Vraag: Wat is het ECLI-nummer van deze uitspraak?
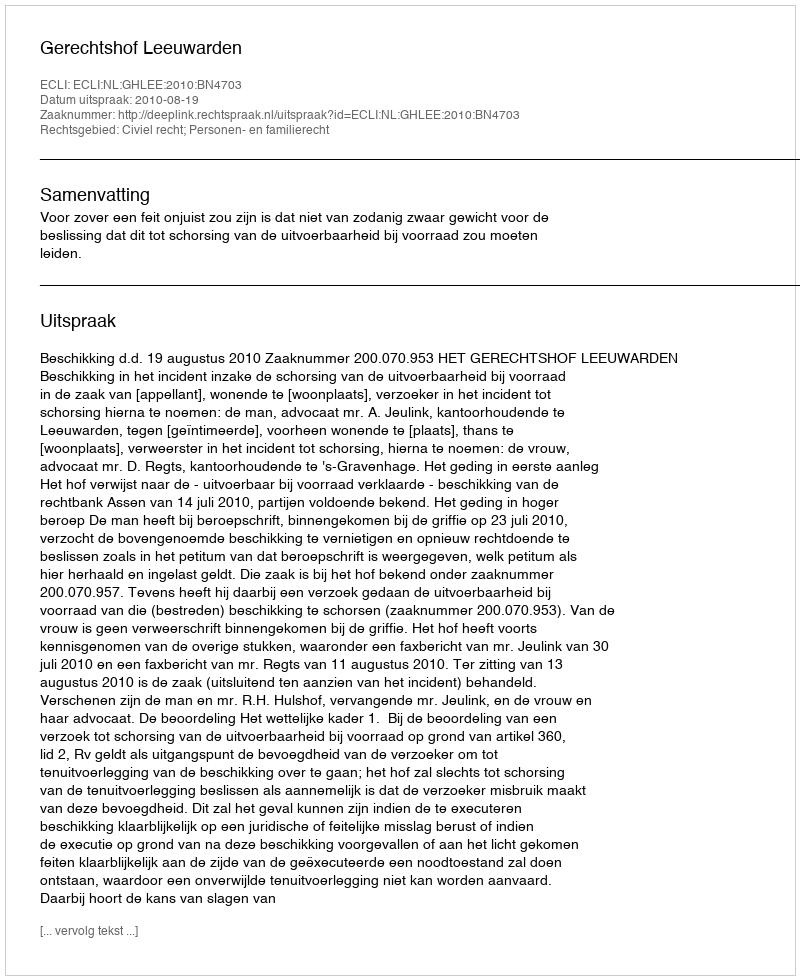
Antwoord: ECLI:NL:GHLEE:2010:BN4703